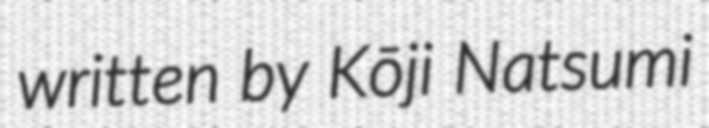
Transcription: written by Kōji Natsumi